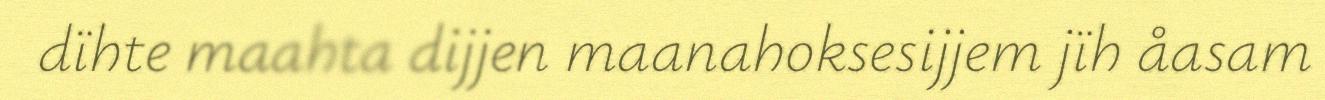
dïhte maahta dijjen maanahoksesijjem jïh åasam